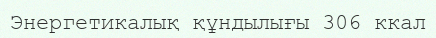
Энергетикалық құндылығы 306 ккал